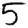
Digit: 5